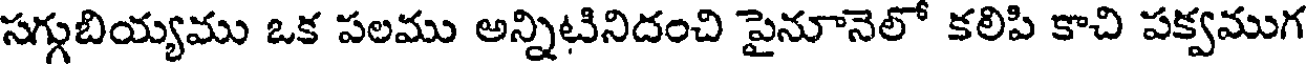
సగ్గుబియ్యము ఒక పలము అన్నిటినిదంచి పైనూనెలో కలిపి కాచి పక్వముగ